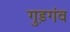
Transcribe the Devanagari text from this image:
गुड़गंव